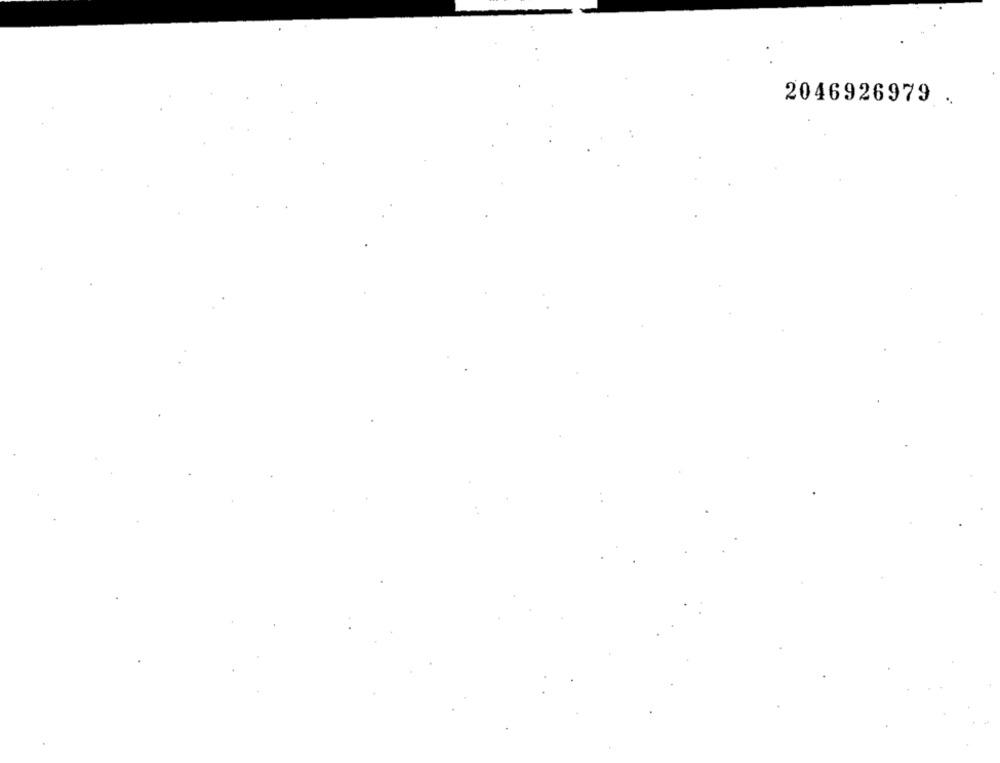
2046926979 .